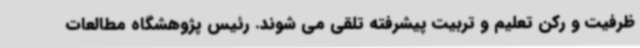
ظرفیت و رکن تعلیم و تربیت پیشرفته تلقی می شوند. رئیس پژوهشگاه مطالعات